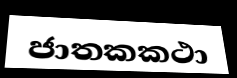
ජාතකකථා